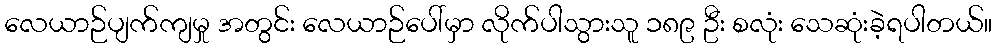
လေယာဉ်ပျက်ကျမှု အတွင်း လေယာဉ်ပေါ်မှာ လိုက်ပါသွားသူ ၁၈၉ ဦး စလုံး သေဆုံးခဲ့ရပါတယ်။